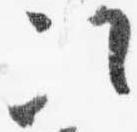
次